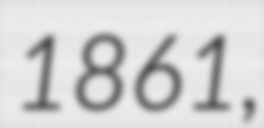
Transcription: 1861,